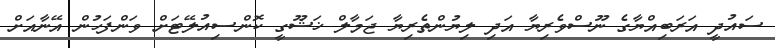
ސައުދީ އަރަބިއްޔާގެ ނޫސްވެރިޔާ އަދި ލިޔުންތެރިޔާ ޖަމާލް ޚަޝޫގީ ކޮންސިއުލޭޓަށް ވަންފަހުން އޭނާއަށް